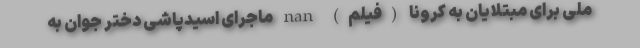
ملی برای مبتلایان به کرونا (فیلم) nan ماجرای اسیدپاشی دختر جوان به